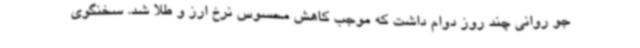
جو روانی چند روز دوام داشت که موجب کاهش محسوس نرخ ارز و طلا شد. سخنگوی